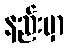
နည်းမှာ